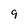
Character: 9